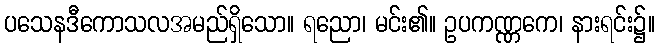
ပသေနဒီကောသလအမည်ရှိသော။ ရညော၊ မင်း၏။ ဥပကဏ္ဏကေ၊ နားရင်း၌။